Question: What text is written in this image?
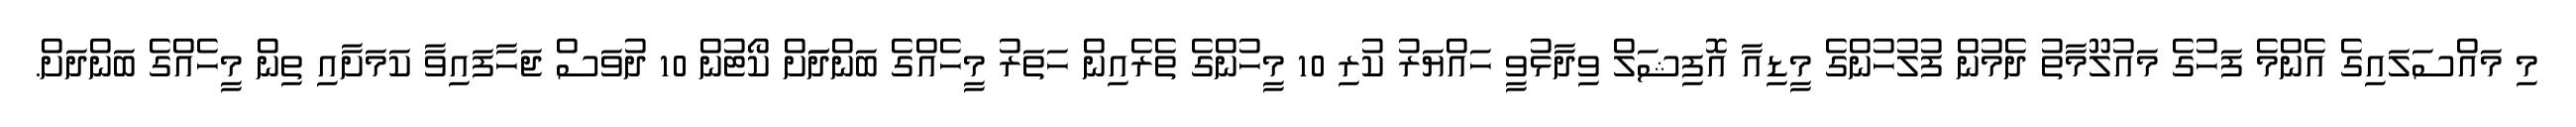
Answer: މި މައްސަލައިގެ އެންމެ ފަހުގެ މައުލޫމާތު ދެމުން ފުލުހުންގެ މީޑިއާ އޮފިޝަލް ވިދާޅުވީ ހައްޔަރު ކުރި 10 މީހުންގެ ތެރެއިން ހަތަރު މީހެއްގެ ބަންދަަށް ކޯޓުން 10 ދުވަސް ޖަހާފައިވާ ކަމަށާއި ތިން މީހެއްގެ ބަންދަށް.